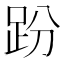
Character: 𧿚